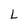
Character: L